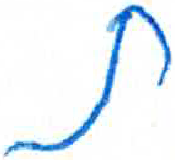
אות: ת